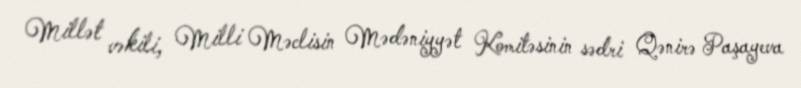
Millət vəkili, Milli Məclisin Mədəniyyət Komitəsinin sədri Qənirə Paşayeva